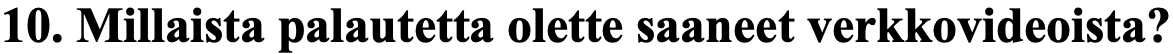
10.Millaista palautetta olette saaneet verkkovideoista?